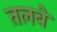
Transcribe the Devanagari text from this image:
तलबे